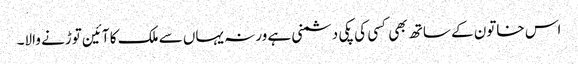
اس خاتون کے ساتھ بھی کسی کی پکی دشمنی ہے ورنہ یہاں سے ملک کا آئین توڑنے والا۔